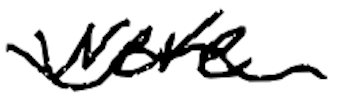
Text: were
Cross-out: wave
Writing tool: digital_black